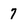
Character: 7